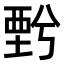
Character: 𧟯